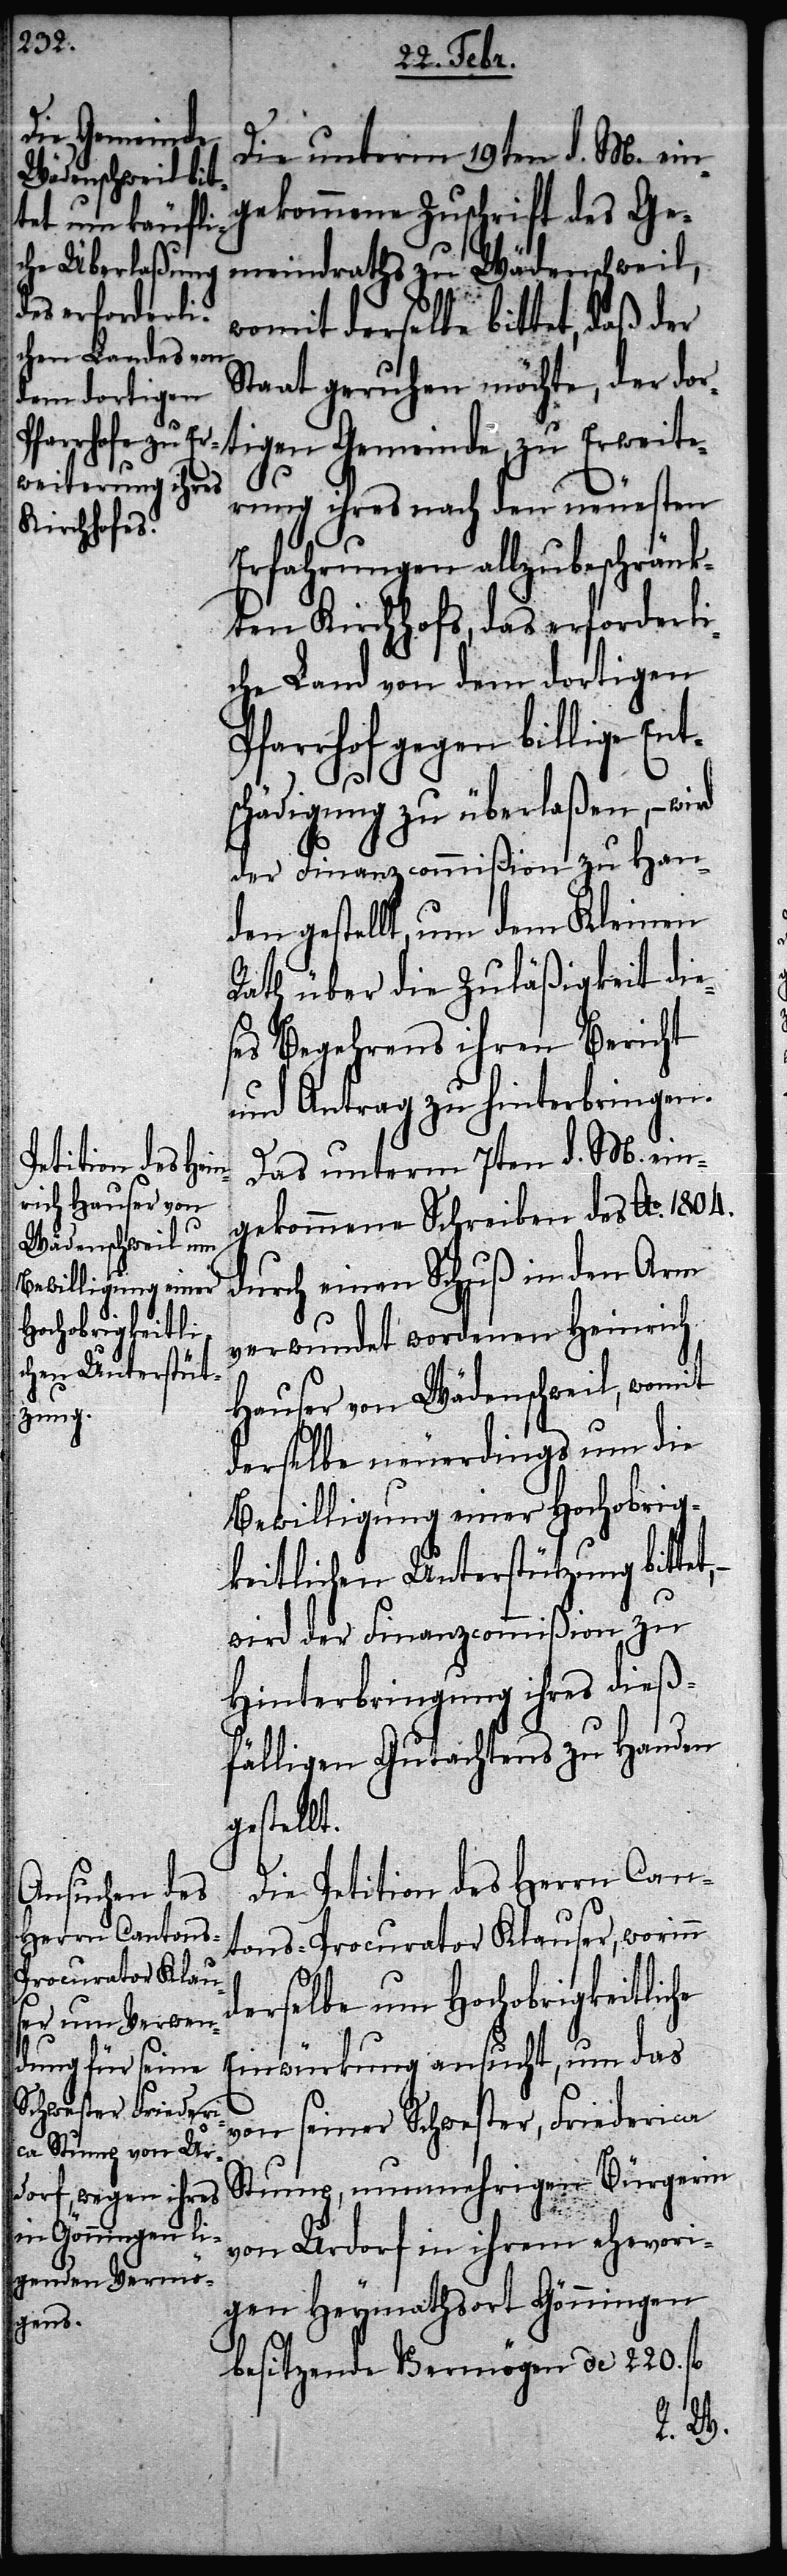
gen Gemeinde,
Die unterm 19ten d. M. ein¬
gekommene Zuschrift des Ge¬
meindraths zu Wädenschweil,
womit derselbe bittet, daß der
Staat geruhen möchte, der dor¬
erung ihres nach den neuesten
Erfahrungen allzubeschränkt¬
en Kirchhofs, das erforderli¬
che Land von dem dortigen
gegen billige Ent¬
schädigung zu überlaßen, – wird
der Finanzcommißion zu Han¬
den gestellt, um dem Kleinen
Rath über die Zuläßigkeit die¬
ses Begehrens ihren Bericht
und Antrag zu hinterbringen.
Das unterm 7ten d. M. ein¬
gekommene Schreiben des Ao. 1804.
durch einen Schuß in den Arm
verwundet wordenen Heinrich
Hauser von Wädenschweil, womit
derselbe neuerdings um die
Bewilligung einer hochobrig¬
keitlichen Unterstützung bittet,
wird der Finanzcommißion zu
Hinterbringung ihres dieß¬
fälligen Gutachtens zu Handen
gestellt.
Die Petition des Herrn Can¬
tons-Procurator Klauser, worinn
derselbe um Hochobrigkeitliche
Einwürkung ansucht, um das
von seiner Schwester, Friederica
Stump, nunmehrige Bürgerin
ti¬
von Urdorf in ihrem ehevori¬
gen Heymathsort Gönningen
besitzende Vermögen de 220. fl
Erweit¬